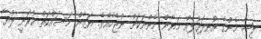
ލީޝާ މެންގެ އުނދަގުލެއް މަޔާން މެންނަކަށް ނުޖެހެއެވެ. ޔަޒާން މަސައްކަތް ކުރަނީ ލުޔާ